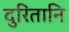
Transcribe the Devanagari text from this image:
दुरितानि